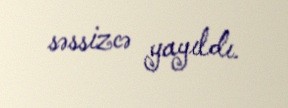
səssizcə yayıldı.